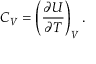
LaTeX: C _ { V } = \left( { \frac { \partial U } { \partial T } } \right) _ { V } .